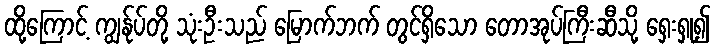
ထို့ကြောင့် ကျွန်ုပ်တို့ သုံးဦးသည် မြောက်ဘက် တွင်ရှိသော တောအုပ်ကြီးဆီသို့ ရှေးရှု၍